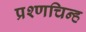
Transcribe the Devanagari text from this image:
प्रश्णचिन्ह